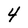
Character: 4